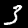
Digit: 3